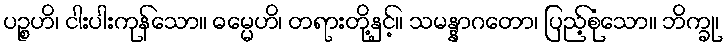
ပဉ္စဟိ၊ ငါးပါးကုန်သော။ ဓမ္မေဟိ၊ တရားတို့နှင့်။ သမန္နာဂတော၊ ပြည့်စုံသော။ ဘိက္ခု၊